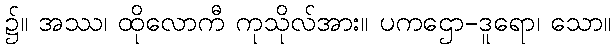
၌။ အဿ၊ ထိုလောကီ ကုသိုလ်အား။ ပကဌော-ဒူရော၊ သော။